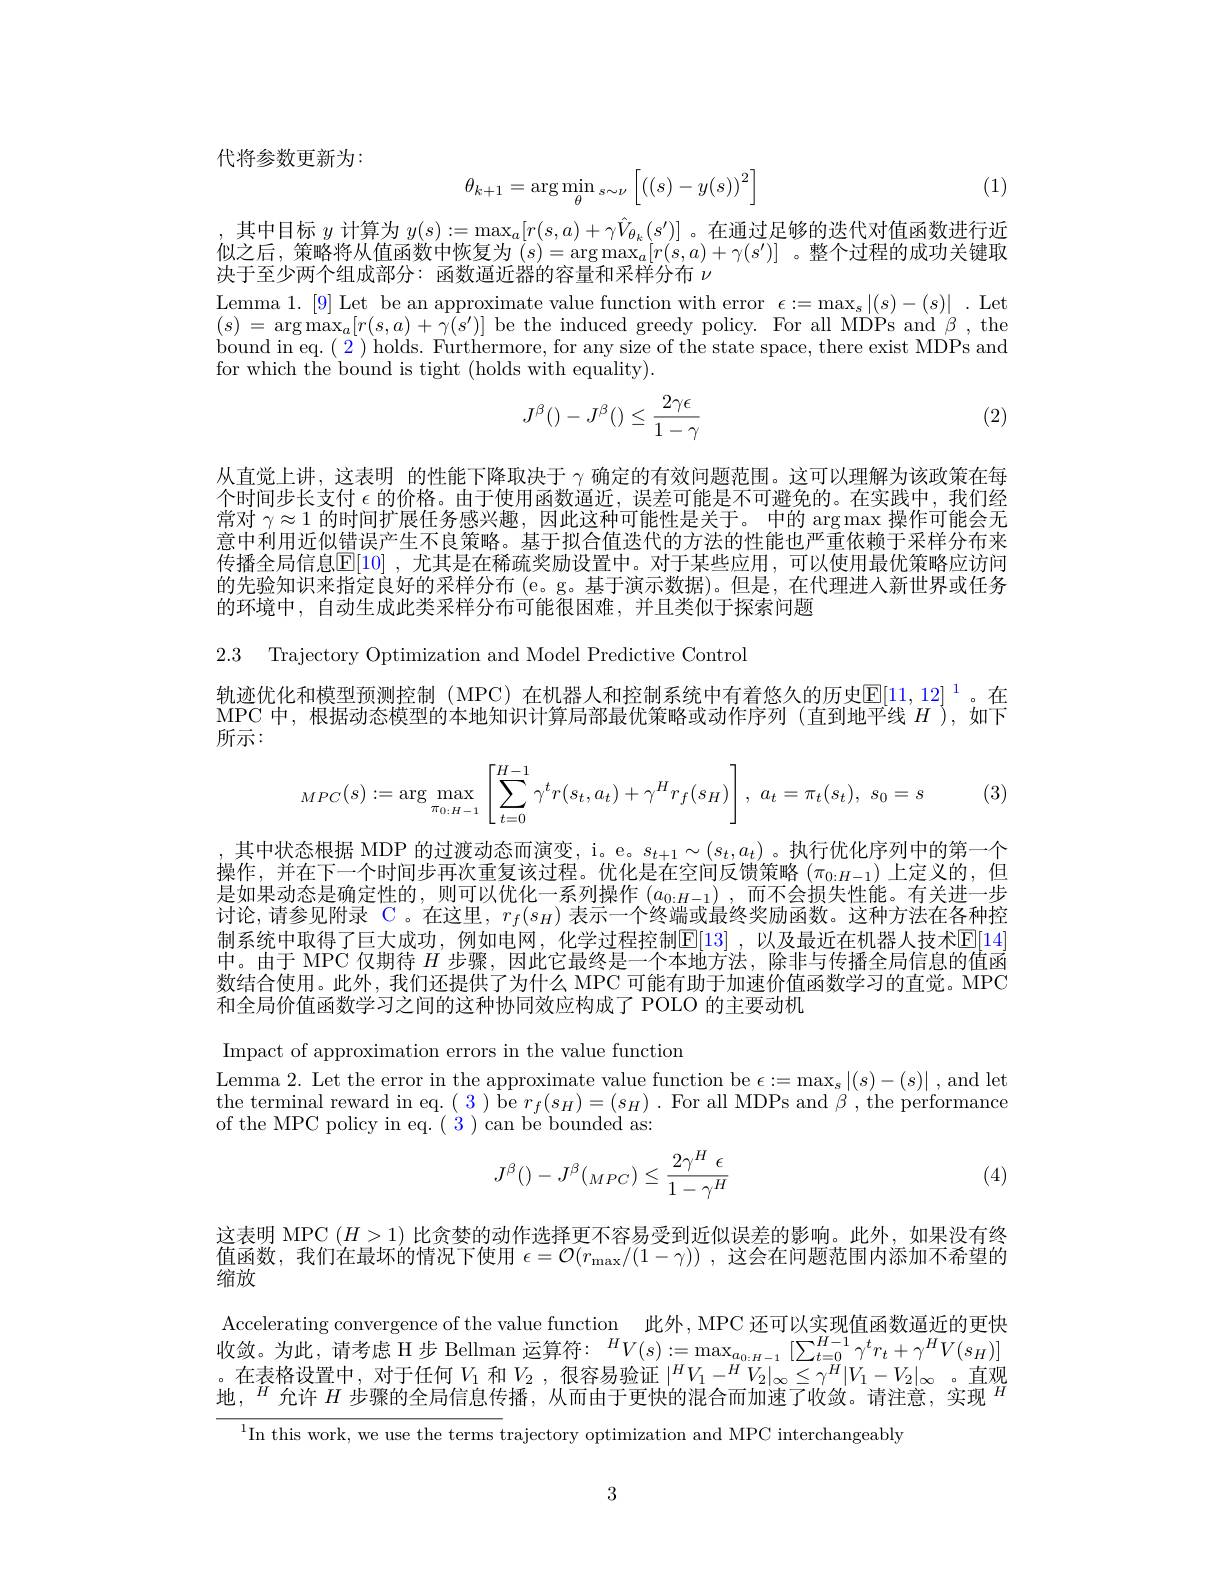
代将参数更新为：
$$\theta_{k+1}=\arg\min_{\theta}_{s\sim\nu}\left[\left((s)-y(s)\right)^2\right]$$
(1)

其中目标$y$计算为$y(s):=\max_a[r(s,a)+\gamma\hat{V}_{\theta_k}(s^{\prime})]$ 。在通过足够的迭代对值函数进行近似之后，策略将从值函数中恢复为$(s)=\arg\max_a[r(s,a)+\gamma(s^{\prime})]$ 。整个过程的成功关键取决于至少两个组成部分：函数逼近器的容量和采样分布$\nu$

Lemma 1.[9] Let be an approximate value function with error $\epsilon:=\max_s|(s)-(s)|$ .Let $(s)=\operatorname*{arg}\operatorname*{max}_{a}[r(s,a)+\gamma(s^{\prime})]$be the induced greedy policy. For all MDPs and $\beta$,the bound in eq. $(\begin{array}{c}2\end{array})$holds. Furthermore, for any size of the state space, there exist MDPs ano for which the bound is tight (holds with equality).
$$J^\beta()-J^\beta()\leq\frac{2\gamma\epsilon}{1-\gamma}$$
(2)

从直觉上讲，这表明 的性能下降取决于$\gamma$确定的有效问题范围。这可以理解为该政策在每个时间步长支付$\epsilon$的价格。由于使用函数逼近，误差可能是不可避免的。在实践中，我们经常对$\gamma\approx1$的时间扩展任务感兴趣，因此这种可能性是关于。中的 arg max 操作可能会无意中利用近似错误产生不良策略。基于拟合值迭代的方法的性能也严重依赖于采样分布来传播全局信息$\mathbb{E} [ 10]$ , 尤其是在稀疏奖励设置中。对于某些应用，可以使用最优策略应访问的先验知识来指定良好的采样分布 (e。g。基于演示数据)。但是，在代理进入新世界或任务的环境中，自动生成此类采样分布可能很困难，并且类似于探索问题

2.3 Trajectory Optimization and Model Predictive Control

轨迹优化和模型预测控制 (MPC) 在机器人和控制系统中有着悠久的历史$\mathbb{E}[11,12]^1$。在MPC 中，根据动态模型的本地知识计算局部最优策略或动作序列(直到地平线$H^{\prime})$,如下所示：

(3)
$$_{MPC}(s):=\arg\max_{\pi_{0:H-1}}\left[\sum_{t=0}^{H-1}\gamma^tr(s_t,a_t)+\gamma^Hr_f(s_H)\right],\:a_t=\pi_t(s_t),\:s_0=s$$
,其中状态根据 MDP 的过渡动态而演变，i。e。$s_t+1\sim(s_t,a_t)$。执行优化序列中的第一个操作，并在下一个时间步再次重复该过程。优化是在空间反馈策略($\pi_0:H-1)$上定义的，但是如果动态是确定性的，则可以优化一系列操作 $(a_{0:H-1})$,而不会损失性能。有关进一步讨论，请参见附录$C$。在这里，$r_f(s_H)$表示一个终端或最终奖励函数。这种方法在各种控制系统中取得了巨大成功，例如电网，化学过程控制$\mathbb{E}[13]$ ,以及最近在机器人技术$\mathbb{E}[14]$ 中。由于 MPC 仅期待$H$步骤，因此它最终是一个本地方法，除非与传播全局信息的值函数结合使用。此外，我们还提供了为什么 MPC 可能有助于加速价值函数学习的直觉。MPC 和全局价值函数学习之间的这种协同效应构成了 POLO 的主要动机

Impact of approximation errors in the value function

Lemma 2. Let the error in the approximate value function be $\epsilon:=\max_s|(s)-(s)|$, and let the terminal reward in eq. ( 3 ) be $r_f(s_H)=(s_H)$ . For all MDPs and $\beta$, the performance of the MPC policy in eq. ( 3 ) can be bounded as:
$$J^\beta()-J^\beta(_{MPC})\leq\frac{2\gamma^H\:\epsilon}{1-\gamma^H}$$
(4)

这表明 MPC $(H>1)$比贪婪的动作选择更不容易受到近似误差的影响。此外，如果没有终值函数，我们在最坏的情况下使用$\epsilon=\mathcal{O}(r_\max/(1-\gamma))$ ,这会在问题范围内添加不希望的缩放

Accelerating convergence of the value function 此外，MPC 还可以实现值函数逼近的更快收敛。为此，请考虑 H步 Bellman 运算符：$^HV(s):=\max_{a_{0:H-1}}\left[\sum_{t=0}^{H-1}\gamma^{t}r_{t}+\gamma^{H}V(s_{H})\right]$ $\begin{array}{c}\text{。在表格设置中，对于任何 }V_{1}\text{ 和 }V_{2}\:,\text{ 很容易验证 }|^{H}V_{1}-^{H}V_{2}|_{\infty}\leq\gamma^{H}|V_{1}-V_{2}|_{\infty}&\text{。直观}\\\text{地，}^{H}\text{ 允许 }H\text{ 步骤的全局信息传播，从而由于更快的混合而加速了收敛。请注意，实现 }^{H}\end{array}$

$^{1}$In this work, we use the terms trajectory optimization and MPC interchangeably

3